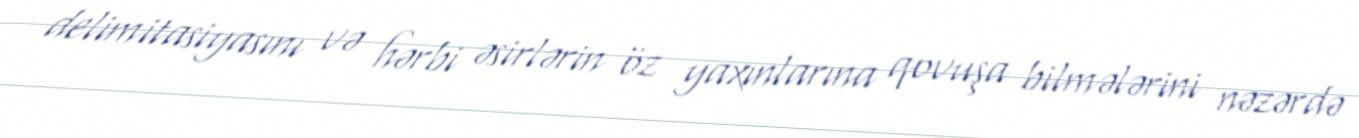
delimitasiyasını və hərbi əsirlərin öz yaxınlarına qovuşa bilmələrini nəzərdə